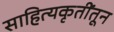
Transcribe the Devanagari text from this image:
साहित्यकृतींतून